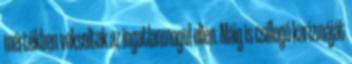
mértékben voksoltak az ingatlanmogul ellen. Máig is csillogó karizmáját